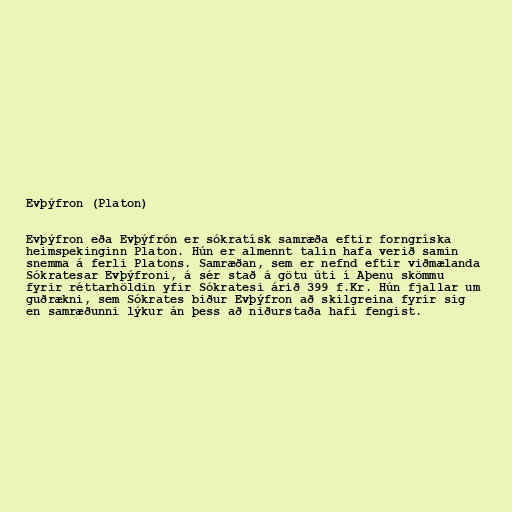
Evþýfron (Platon)

Evþýfron eða Evþýfrón er sókratísk samræða eftir forngríska
heimspekinginn Platon. Hún er almennt talin hafa verið samin
snemma á ferli Platons. Samræðan, sem er nefnd eftir viðmælanda
Sókratesar Evþýfroni, á sér stað á götu úti í Aþenu skömmu
fyrir réttarhöldin yfir Sókratesi árið 399 f.Kr. Hún fjallar um
guðrækni, sem Sókrates biður Evþýfron að skilgreina fyrir sig
en samræðunni lýkur án þess að niðurstaða hafi fengist.